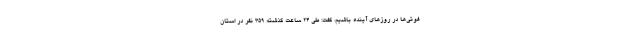
فوتی‌ها در روزهای آینده باشیم، گفت: طی ۲۴ ساعت گذشته ۳۵۹ نفر در استان